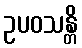
ဥပဝသန္တိ